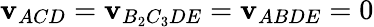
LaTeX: \mathbf{v}_{ACD}=\mathbf{v}_{B_{2}C_{3}DE}=\mathbf{v}_{ABDE}=0